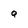
Character: Q